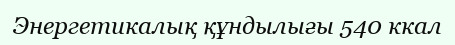
Энергетикалық құндылығы 540 ккал